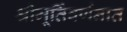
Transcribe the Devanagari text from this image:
श्रीमूर्तिवर्णनात